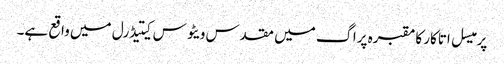
پرمیسل اتاکار کا مقبرہ پراگ میں مقدس ویٹوس کیتیڈرل میں واقع ہے۔